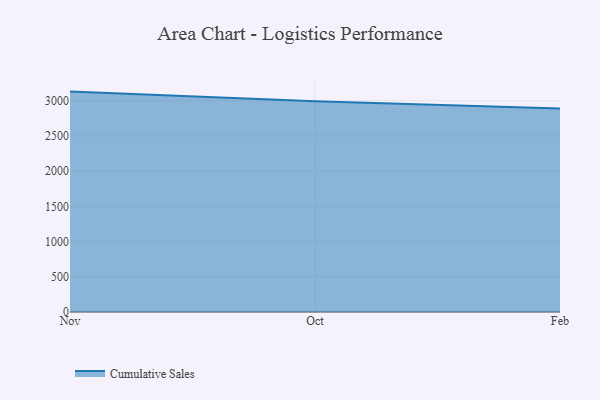
{"axis": {"x": "Month", "y": "Demand Index"}, "legend": ["Cumulative Sales"], "data": [{"x": "Nov", "y": 3129.4, "type": "Cumulative Sales"}, {"x": "Oct", "y": 2992.5, "type": "Cumulative Sales"}, {"x": "Feb", "y": 2890.8, "type": "Cumulative Sales"}]}